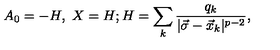
A _ { 0 } = - H , \ X = H ; H = \sum _ { k } { \frac { q _ { k } } { | \vec { \sigma } - \vec { x } _ { k } | ^ { p - 2 } } } ,